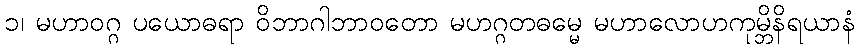
၁၊ မဟာဝဂ္ဂ ပယောဓရာ ဝိဘာဂါဘာဝတော မဟဂ္ဂတဓမ္မေ မဟာလောဟကုမ္ဘိနိရယာနံ